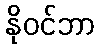
နိုဝင်ဘာ